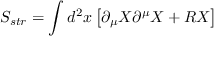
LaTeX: S _ { s t r } = \int d ^ { 2 } x \left[ \partial _ { \mu } X \partial ^ { \mu } X + R X \right]